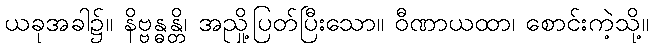
ယခုအခါ၌။ နိဗ္ဗန္ဓန္တိ၊ အညှို့ပြတ်ပြီးသော။ ဝီဏာယထာ၊ စောင်းကဲ့သို့။